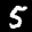
Label: 5